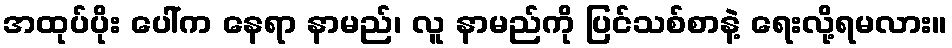
အထုပ်ပိုး ပေါ်က နေရာ နာမည်၊ လူ နာမည်ကို ပြင်သစ်စာနဲ့ ရေးလို့ရမလား။